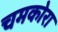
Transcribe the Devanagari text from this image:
चमकोरा